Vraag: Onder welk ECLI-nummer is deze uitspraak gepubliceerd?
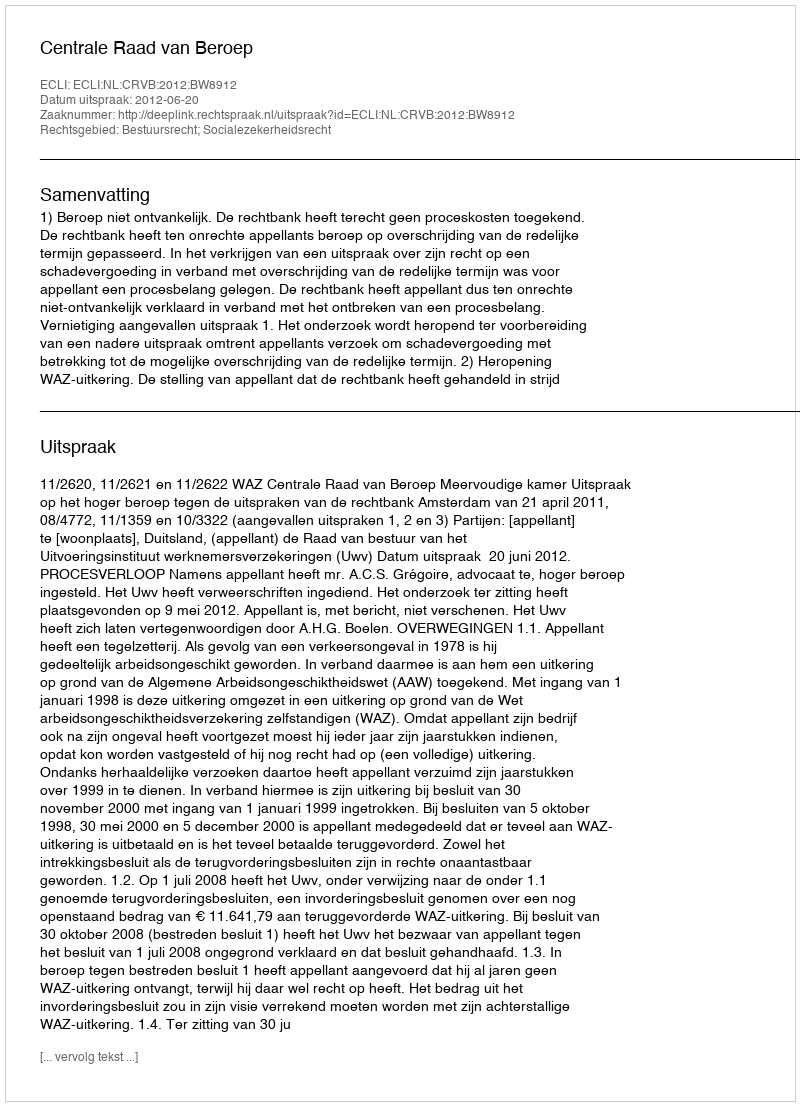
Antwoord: ECLI:NL:CRVB:2012:BW8912